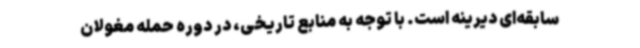
سابقه‌ای دیرینه است. با توجه به منابع تاریخی، در دوره حمله مغولان